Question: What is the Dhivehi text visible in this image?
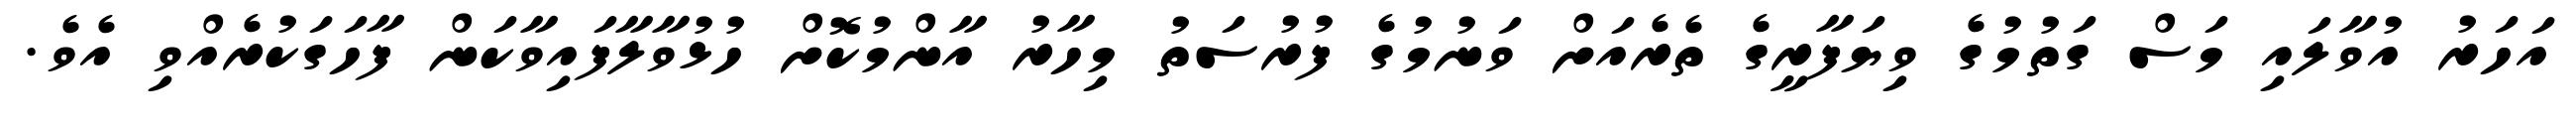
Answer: އަހަރު އުވާލައި މަސް ގަތުމުގެ ވިޔަފާރީގެ ތެރެއަށް ވަނުމުގެ ފުރުސަތު މިހާރު އާންމުކޮށް ހުޅުވާލާފައިވާކަން ފާހަގަކުރެއްވި އެވެ.